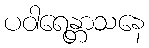
ပဝါရေန္တာသနေ